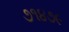
૭૧૪૭૯